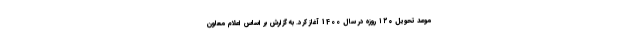
موعد تحویل ۱۲۰ روزه در سال 1400 آغاز کرد. به گزارش بر اساس اعلام معاون